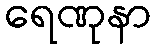
ရေဏုနာ